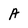
Character: A